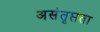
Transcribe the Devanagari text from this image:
असंतृप्तता